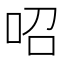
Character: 𠰉